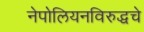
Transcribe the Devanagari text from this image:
नेपोलियनविरुद्धचे